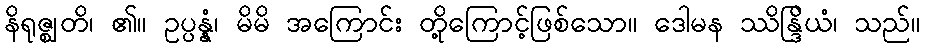
နိရုဇ္ဈတိ၊ ၏။ ဥပ္ပန္နံ၊ မိမိ အကြောင်း တို့ကြောင့်ဖြစ်သော။ ဒေါမန ဿိန္ဒြိယံ၊ သည်။